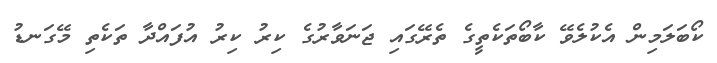
ކޯބަލަމިން އެކުލެވޭ ކާބޯތަކެތީގެ ތެރޭގައި ޖަނަވާރުގެ ކިރު ކިރު އުފައްދާ ތަކެތި މޭގަނޑު